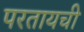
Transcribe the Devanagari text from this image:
परतायची